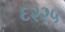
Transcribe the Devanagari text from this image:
६२२५